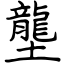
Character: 壟